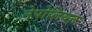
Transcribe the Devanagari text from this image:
नेपोलियऩ